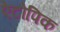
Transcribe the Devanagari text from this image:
ऐटोपिक